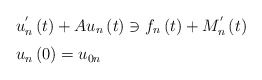
\begin{align*}\begin{tabular}[c]{l}$u_{n}^{^{\prime}}\left( t\right) +Au_{n}\left( t\right) \ni f_{n}\left(t\right) +M_{n}^{^{\prime}}\left( t\right) $\medskip\\$u_{n}\left( 0\right) =u_{0n}$\end{tabular}\ \ \end{align*}